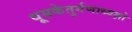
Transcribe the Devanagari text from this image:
धूम्रकेतुर्गणाध्यक्षो